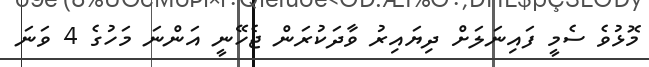
މޮޅުވެ ސެމީ ފައިނަލަށް ދިޔައިރު ވާދަކުރަން ޖެހޭނީ އަންނަ މަހުގެ 4 ވަނަ